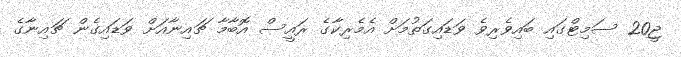
ޖީ20 ސަމިޓްގައި ބައިވެރިވެ ވަޑައިގަތުމަށް އެމެރިކާގެ ރައީސް އޮބާމާ ޗައިނާއަށް ވަޑައިގެން ޗައިނާގެ